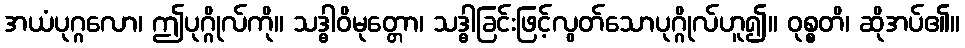
အယံပုဂ္ဂလော၊ ဤပုဂ္ဂိုလ်ကို။ သဒ္ဓါဝိမုတ္တော၊ သဒ္ဓါခြင်းဖြင့်လွတ်သောပုဂ္ဂိုလ်ဟူ၍။ ဝုစ္စတိ၊ ဆိုအပ်၏။